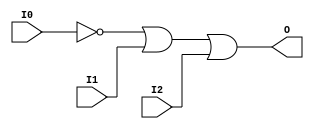

/*

FUNCTION	: 3-INPUT OR GATE

*/

`timescale  100 ps / 10 ps

`celldefine

module OR3B1 (O, I0, I1, I2);


    output O;

    input  I0, I1, I2;

    not N0 (i0_inv, I0);
    or O1 (O, i0_inv, I1, I2);

    specify
	(I0 *> O) = (0, 0);
	(I1 *> O) = (0, 0);
	(I2 *> O) = (0, 0);
    endspecify

endmodule

`endcelldefine